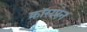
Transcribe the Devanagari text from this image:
क्रॉसप्लेन